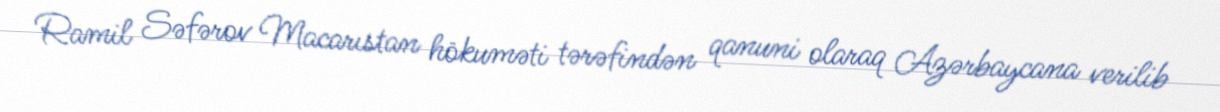
Ramil Səfərov Macarıstan hökuməti tərəfindən qanuni olaraq Azərbaycana verilib